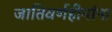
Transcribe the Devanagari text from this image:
जातिवर्णहीनांना